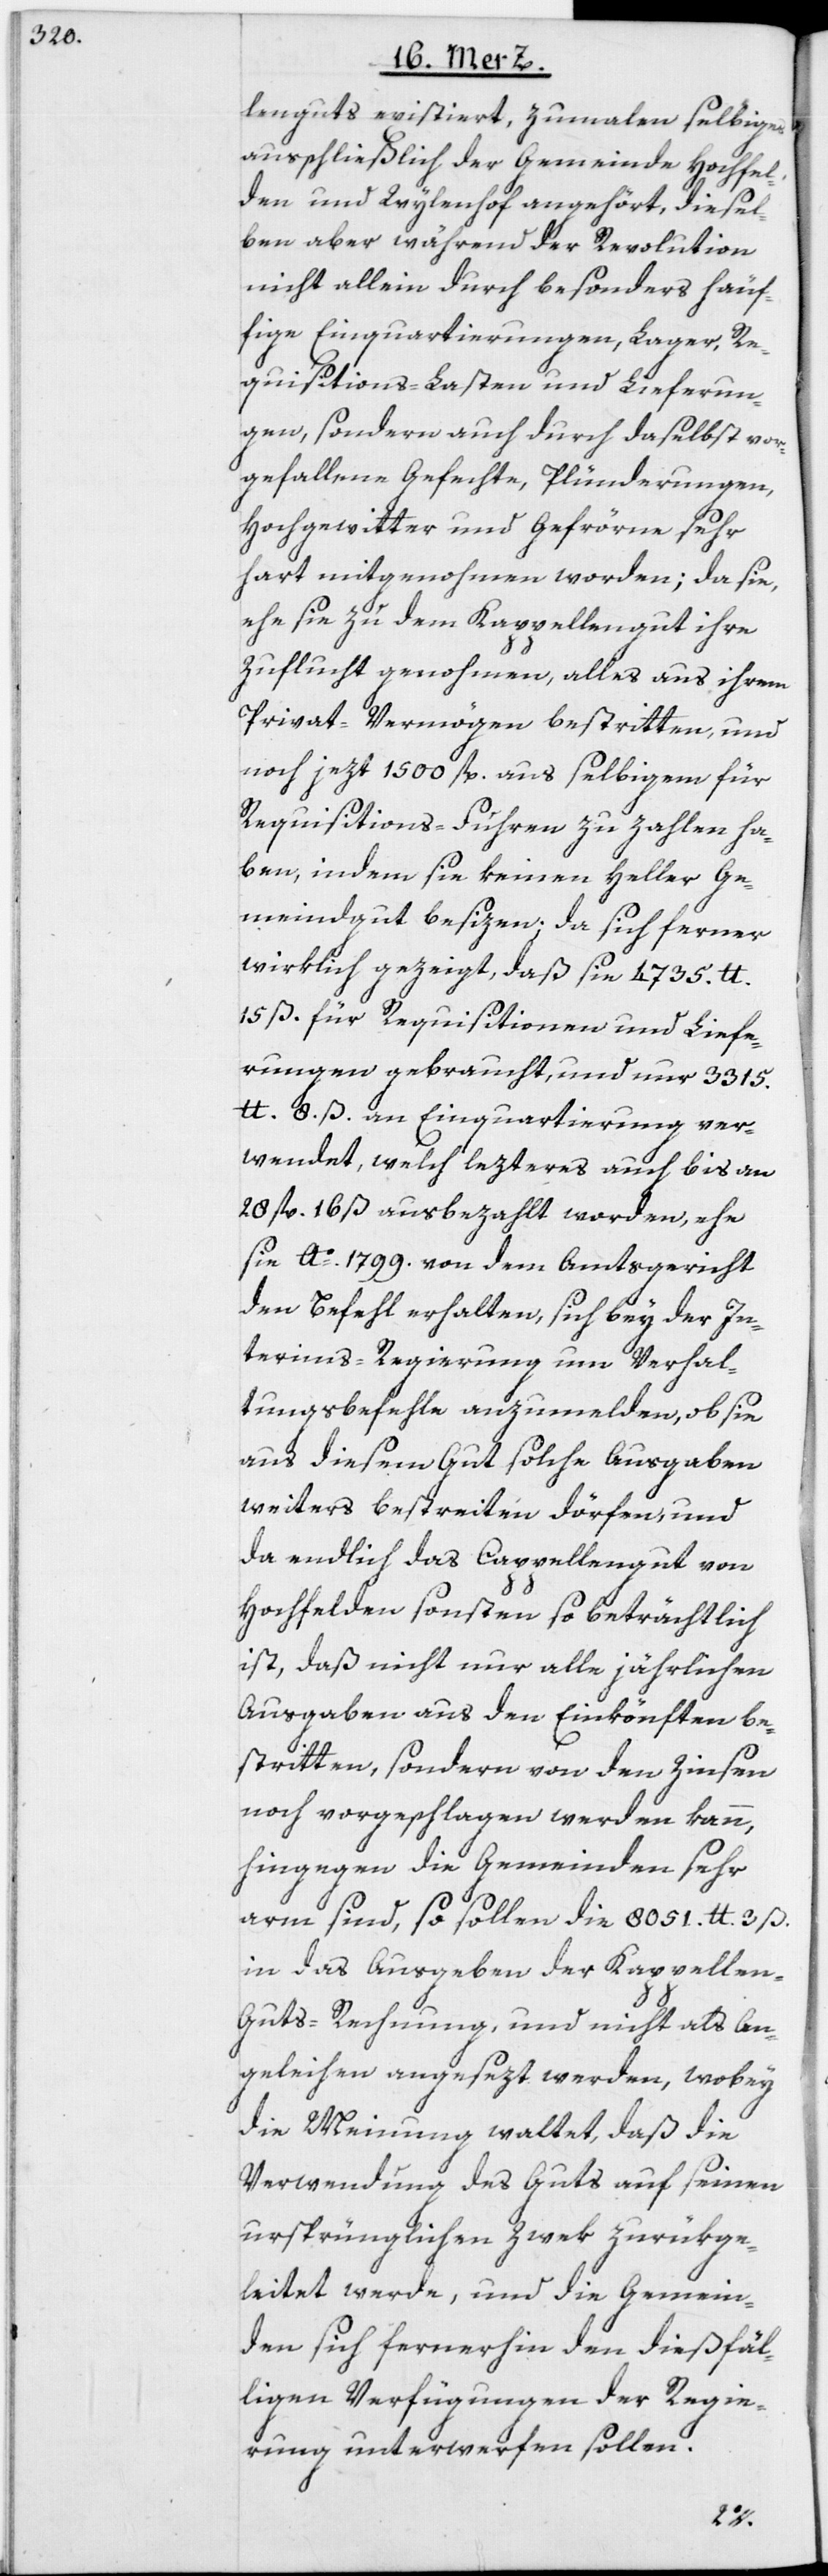
lenguts existiert, zumalen selbiges
ausschließlich der Gemeinde Hochfel¬
den und Wylenhof angehört, diesel¬
ben aber während der Revolution
nicht allein durch besonders häuf¬
ige Einquartierungen, Lager, Re¬
quisitions-Lasten und Lieferun¬
gen, sondern auch durch daselbst vor¬
gefallene Gefechte, Plünderungen,
Hochgewitter und Gefrörne sehr
hart mitgenohmen worden; da sie,
ehe sie zu dem Kappellengut ihre
Zuflucht genohmen, alles aus ihrem
Privat-Vermögen bestritten, und
noch jezt 1500 fl. aus selbigem für
Requisitions-Fuhren zu zahlen ha¬
ben, indem sie keinen Heller Ge¬
meindgut besizen; da sich ferner
wirklich gezeigt, daß sie 4735. lb.
15 ß. für Requisitionen und Liefe¬
rungen gebraucht, und nur 3315.
lb. 8. ß. an Einquartierung ver¬
wendet, welch lezteres auch bis an
28 fl. 16 ß ausbezahlt worden, ehe
sie Ao. 1799. von dem Amtsgericht
den Befehl erhalten, sich bey der In¬
terims-Regierung um Verhal¬
tungsbefehle anzumelden, ob sie
aus diesem Gut solche Ausgaben
weiters bestreiten dörfen, und
da endlich das Cappellengut von
Hochfelden sonsten so beträchtlich
ist, daß nicht nur alle jährlichen
Ausgaben aus den Einkönften be¬
stritten, sondern von den Zinsen
noch vorgeschlagen werden kann,
hingegen die Gemeinden sehr
arm sind, so sollen die 8051. lb. 3 ß.
in das Ausgeben der Kappellen-G¬
uts-Rechnung, und nicht als An¬
geleihen angesezt werden, wobey
die Meinung waltet, daß die
Verwendung des Guts auf seinen
ursprünglichen Zwek zurükge¬
leitet werde, und die Gemein¬
den sich fernerhin den dießfäl¬
ligen Verfügungen der Regie¬
rung unterwerfen sollen.